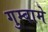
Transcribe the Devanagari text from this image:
गुम्बामे